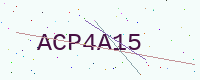
Text: ACP4A15